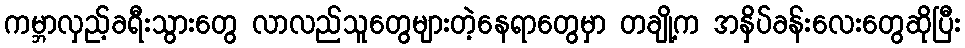
ကမ္ဘာလှည့်ခရီးသွားတွေ လာလည်သူတွေများတဲ့နေရာတွေမှာ တချို့က အနှိပ်ခန်းလေးတွေဆိုပြီး